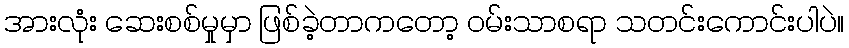
အားလုံး ဆေးစစ်မှုမှာ ဖြစ်ခဲ့တာကတော့ ဝမ်းသာစရာ သတင်းကောင်းပါပဲ။